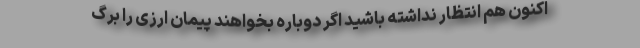
اکنون هم انتظار نداشته باشید اگر دوباره بخواهند پیمان ارزی را برگ